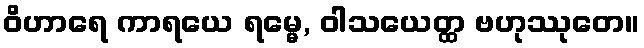
ဝိဟာရေ ကာရယေ ရမ္မေ, ဝါသယေတ္ထ ဗဟုဿုတေ။